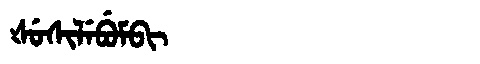
Manchu: ᡧᡠᠰᡳᠯᡝᠪᡠᠮᠪᡳ
Romanization: ŠUSILEBUMBI